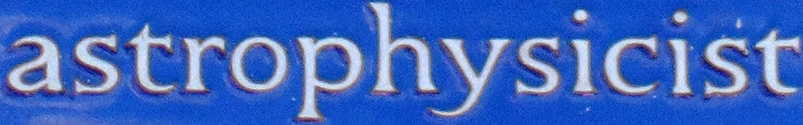
astrophysicist